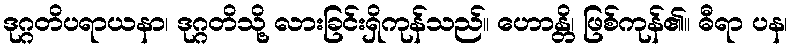
ဒုဂ္ဂတိပရာယနာ၊ ဒုဂ္ဂတိသို့ လားခြင်းရှိကုန်သည်။ ဟောန္တိ၊ ဖြစ်ကုန်၏။ ဓီရာ ပန၊